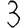
Digit: 3